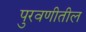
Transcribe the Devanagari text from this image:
पुरवणीतील